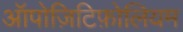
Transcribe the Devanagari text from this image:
ऑपोज़िटिफ़ोलियम